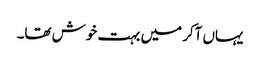
یہاں آکر میں بہت خوش تھا۔